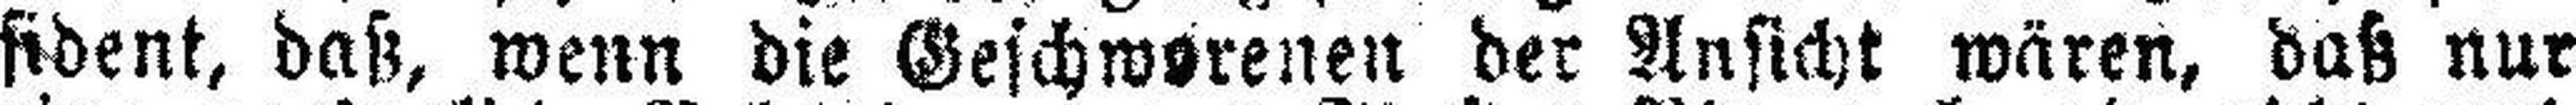
sident, daß, wenn die Geschworenen der Ansicht wären, daß nur